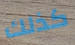
كذلك